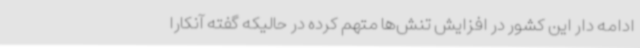
ادامه دار این کشور در افزایش تنش‌ها متهم کرده در حالیکه گفته آنکارا